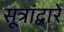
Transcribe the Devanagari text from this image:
सूत्रांद्वारे